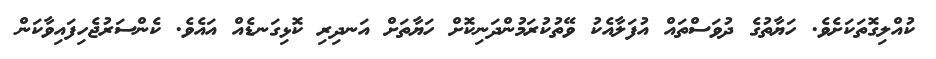
ކުއްލިގޮތަކަށެވެ. ހަޔާތުގެ ދުވަސްތައް އުފަލާއެކު ވޭތުކުރަމުންދަނިކޮށް ހަޔާތަށް އަނދިރި ކޮޅިގަނޑެއް އައެވެ. ކެންސަރުޖެހިފައިވާކަން